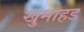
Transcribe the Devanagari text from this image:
खुमाहड